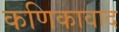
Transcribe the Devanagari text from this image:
कणिकावाद